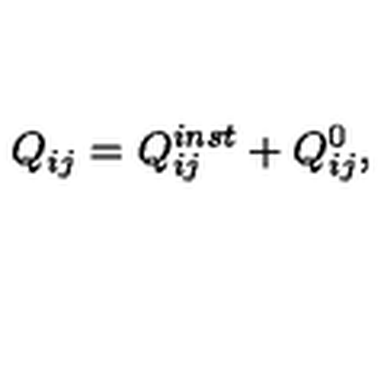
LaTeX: Q _ { i j } = Q _ { i j } ^ { i n s t } + Q _ { i j } ^ { 0 } , \